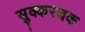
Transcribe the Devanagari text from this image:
सुक्करचक